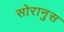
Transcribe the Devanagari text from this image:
सोरानुस